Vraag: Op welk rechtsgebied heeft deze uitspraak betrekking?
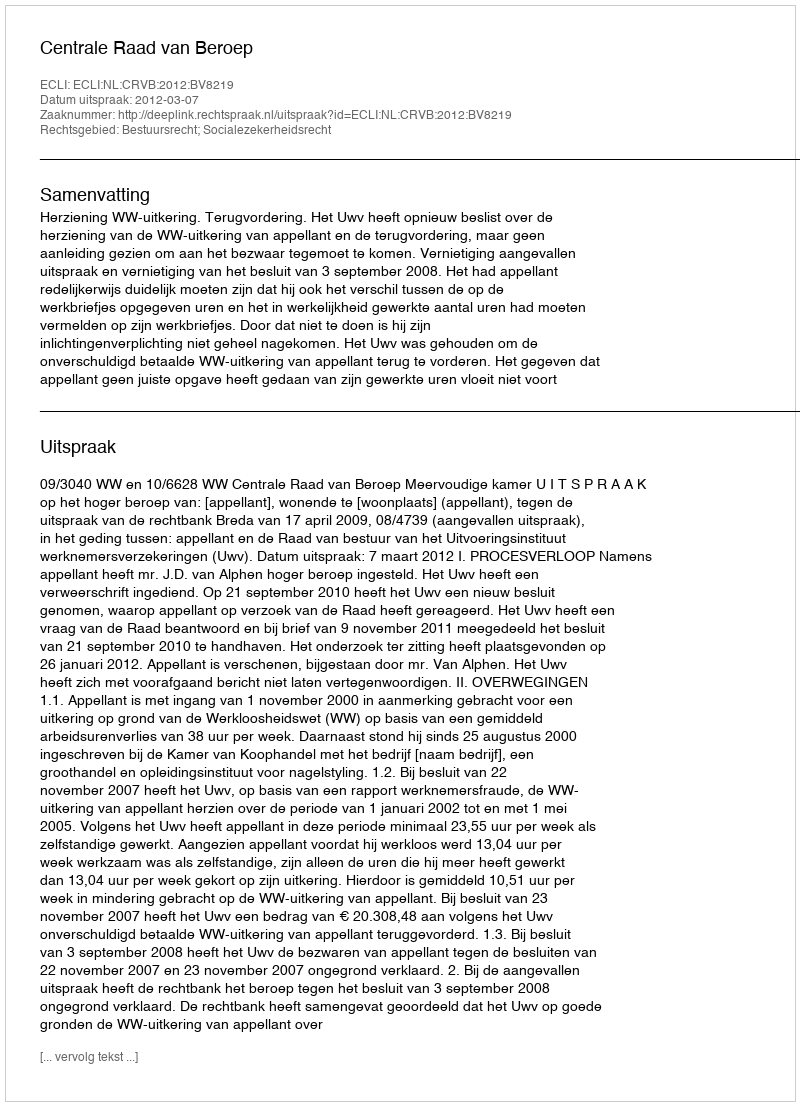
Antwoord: Bestuursrecht; Socialezekerheidsrecht